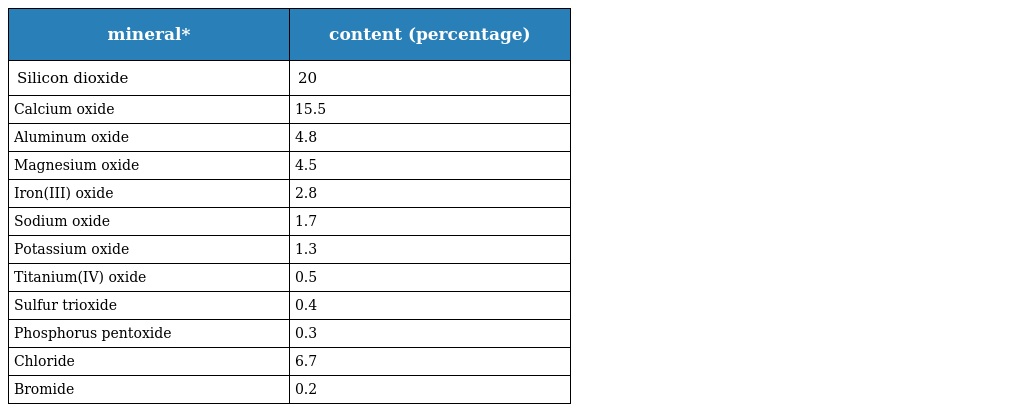
| mineral* | content (percentage) |
 | --- | --- |
 | Silicon dioxide | 20 |
 | Calcium oxide | 15.5 |
 | Aluminum oxide | 4.8 |
 | Magnesium oxide | 4.5 |
 | Iron(III) oxide | 2.8 |
 | Sodium oxide | 1.7 |
 | Potassium oxide | 1.3 |
 | Titanium(IV) oxide | 0.5 |
 | Sulfur trioxide | 0.4 |
 | Phosphorus pentoxide | 0.3 |
 | Chloride | 6.7 |
 | Bromide | 0.2 |